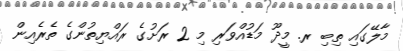
މާލޭގައި ތިބި ރ. މީދޫ މަޑުއްވަރި މި 2 ރަށުގެ ރައްޔިތުންގެ ތެރެއިން